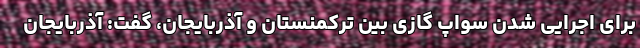
برای اجرایی شدن سواپ گازی بین ترکمنستان و آذربایجان، گفت: آذربایجان